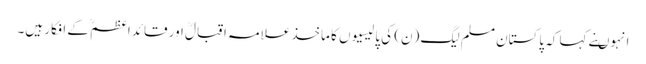
انہوںنے کہا کہ پاکستان مسلم لیگ (ن) کی پالیسیوں کا ماخذ علامہ اقبالؒ اور قائداعظمؒ کے افکار ہیں۔